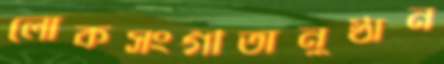
লোকসংগীতানুষ্ঠান